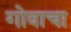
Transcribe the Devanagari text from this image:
गोवाचा